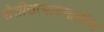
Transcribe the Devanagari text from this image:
शेतीउत्पादनातील